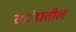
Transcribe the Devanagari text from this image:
रवांडातील